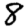
Digit: 8